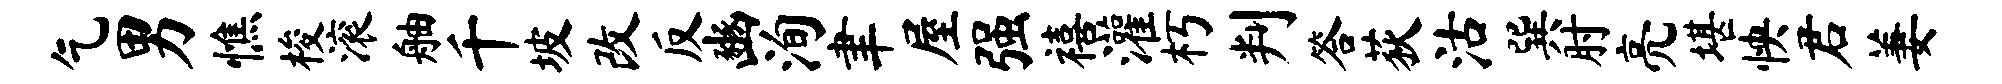
乞男憔梭滚舳千坡改反豳洵聿屋强禧灌朽判答荻沽巽肘亮堪怏君萋